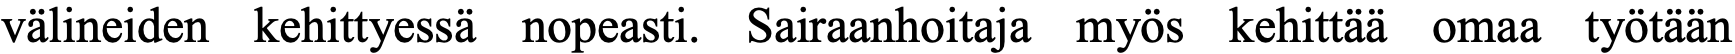
välineiden kehittyessä nopeasti. Sairaanhoitaja myös kehittää omaa työtään